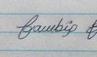
Signature authenticity: genuine